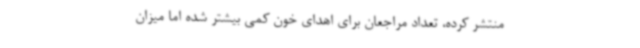
منتشر کرده، تعداد مراجعان برای اهدای خون کمی بیشتر شده اما میزان